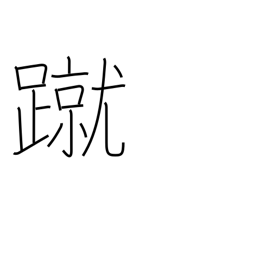
Meaning: kick